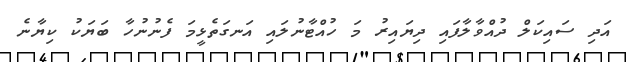
އަދި ސައިކަލް ދުއްވާލާފައި ދިޔައިރު މަ ހުއްޓާނުލައި އަނގަތެޅީމަ ފެނުނުހާ ބަޔަކު ކިޔާނެ